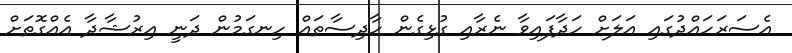
އެސަރަހައްދުގައި އަލަށް ހަދާފައިވާ ނެރާއި ގުޅިގެން ހާދިސާތައް ހިނގަމުން ދަނީ އިރުޝާދާ އެއްގޮތަށް